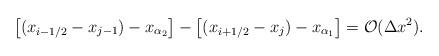
LaTeX: \begin{align*}\left[({x_{i-1/2}-x_{j-1}})-x_{\alpha_{2}}\right]- \left[({x_{i+1/2}-x_j})-x_{\alpha_{1}}\right] = {\cal O}(\Delta x^2).\end{align*}